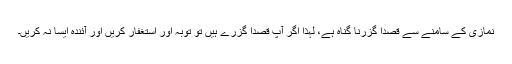
نمازی کے سامنے سے قصداً گزرنا گناہ ہے، لہذا اگر آپ قصداً گزرے ہیں تو توبہ اور استغفار کریں اور آئندہ ایسا نہ کریں۔